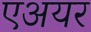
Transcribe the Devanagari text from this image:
एअयर